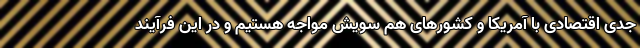
جدی اقتصادی با آمریکا و کشورهای هم سویش مواجه هستیم و در این فرآیند